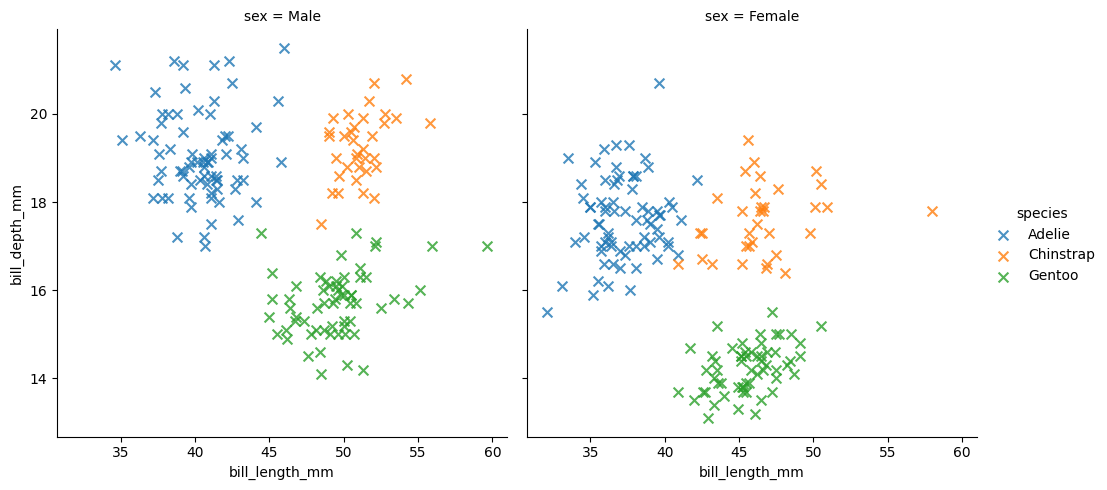
python, seaborn, lmplot, aspect=1.0, order=1, markers='x'